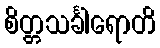
စိတ္တသင်္ခါရောတိ